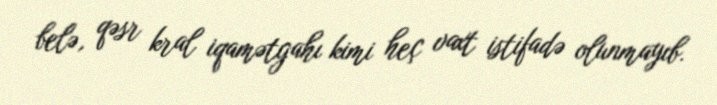
belə, qəsr kral iqamətgahı kimi heç vaxt istifadə olunmayıb.